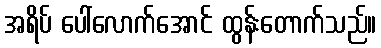
အရိပ် ပေါ်လောက်အောင် ထွန်းတောက်သည်။